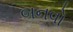
બનવો